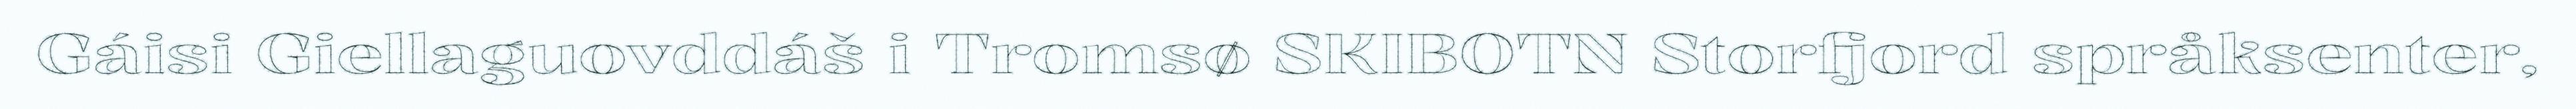
Gáisi Giellaguovddáš i Tromsø SKIBOTN Storfjord språksenter,